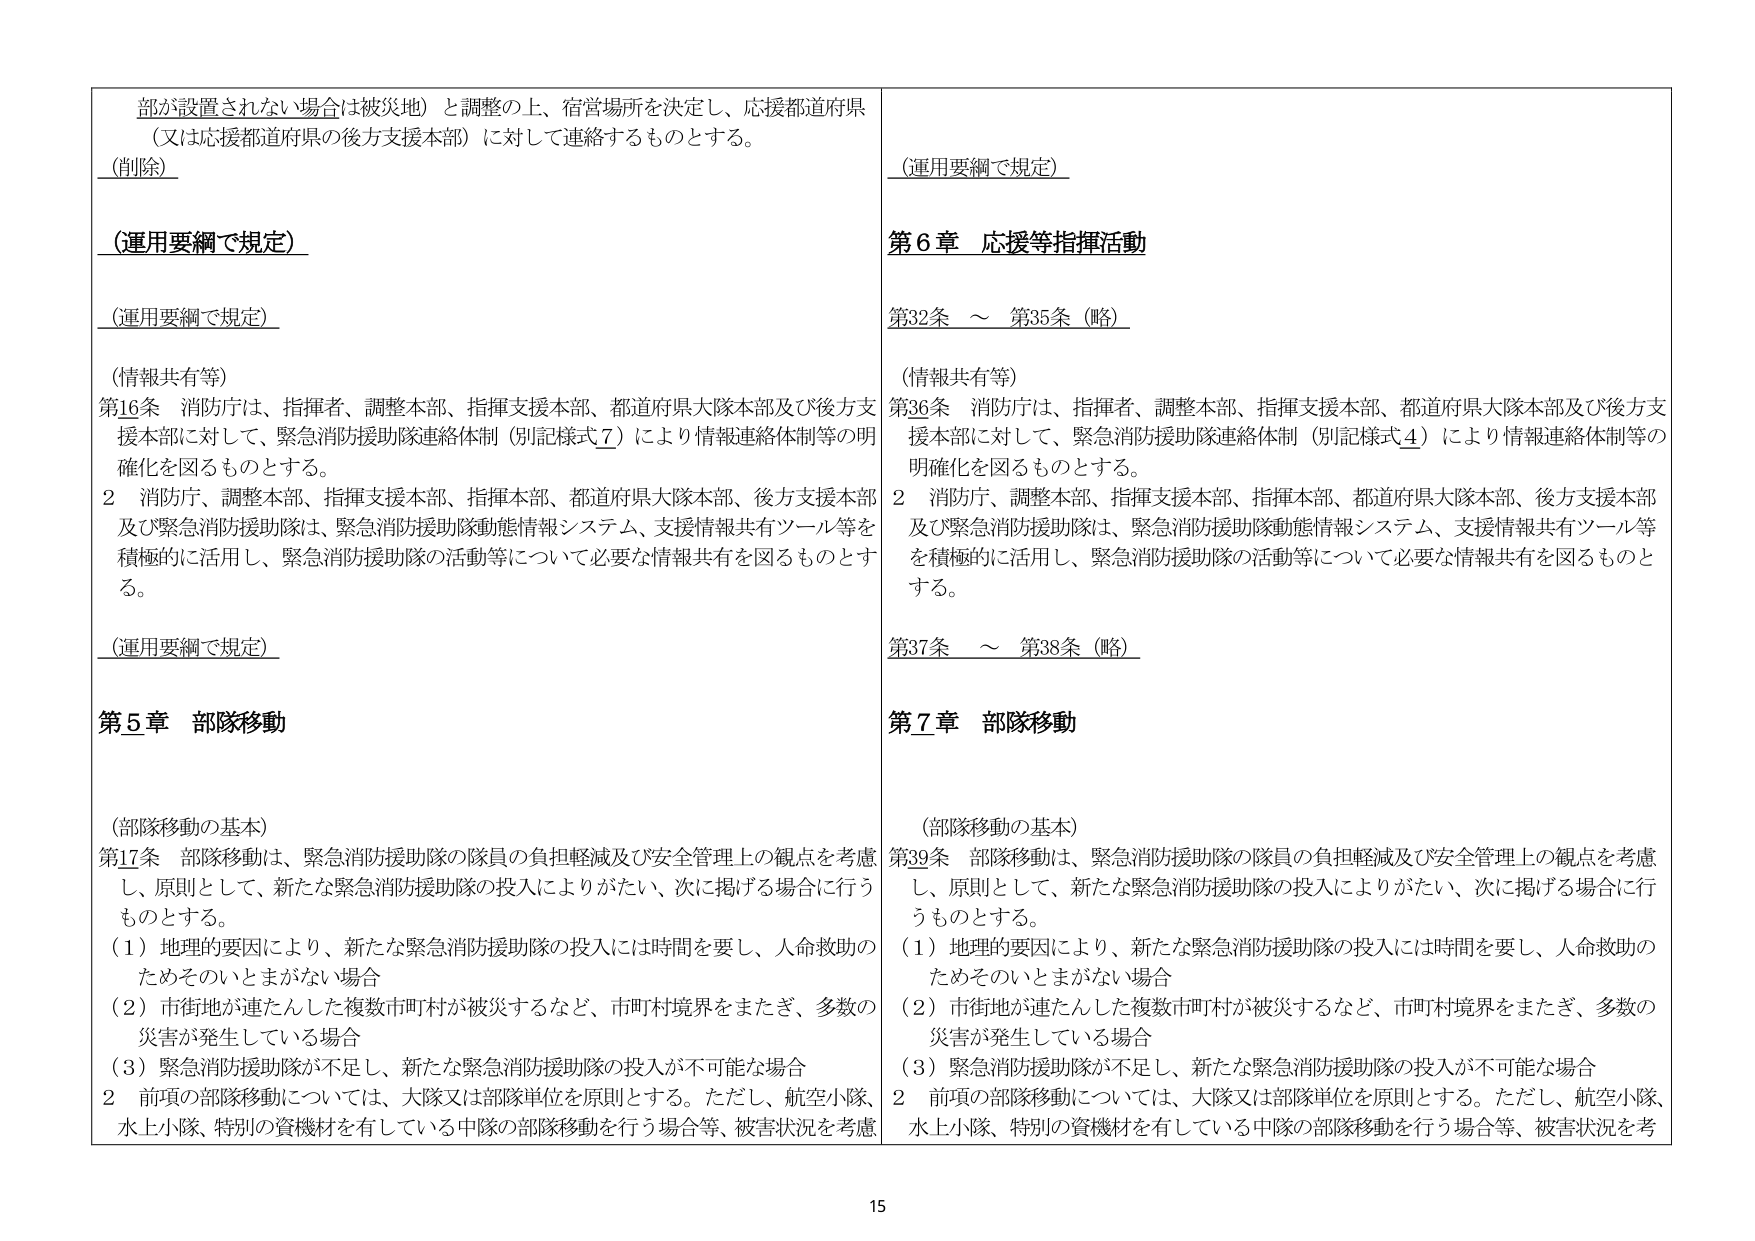
部が設置されない場合は被災地）と調整の上、宿営場所を決定し、応援都道府県（又は応援都道府県の後方支援本部）に対して連絡するものとする。
（削除）
（運用要綱で規定）
（運用要綱で規定）
（情報共有等）
第16条 消防庁は、指揮者、調整本部、指揮支援本部、都道府県大隊本部及び後方支援本部に対して、緊急消防援助隊連絡体制（別記様式7）により情報連絡体制等の明確化を図るものとする。
2 消防庁、調整本部、指揮支援本部、指揮本部、都道府県大隊本部、後方支援本部及び緊急消防援助隊は、緊急消防援助隊動態情報システム、支援情報共有ツール等を積極的に活用し、緊急消防援助隊の活動等について必要な情報共有を図るものとする。
（運用要綱で規定）
第5章 部隊移動
（部隊移動の基本）
第17条 部隊移動は、緊急消防援助隊の隊員の負担軽減及び安全管理上の観点を考慮し、原則として、新たな緊急消防援助隊の投入によりがたい、次に掲げる場合に行うものとする。
（1）地理的要因により、新たな緊急消防援助隊の投入には時間を要し、人命救助のためそのいとまがない場合
（2）市街地が連たんした複数市町村が被災するなど、市町村境界をまたぎ、多数の災害が発生している場合
（3）緊急消防援助隊が不足し、新たな緊急消防援助隊の投入が不可能な場合
2 前項の部隊移動については、大隊又は部隊単位を原則とする。ただし、航空小隊、水上小隊、特別の資機材を有している中隊の部隊移動を行う場合等、被害状況を考慮
（運用要綱で規定）
第6章 応援等指揮活動
第32条 ～ 第35条（略）
（情報共有等）
第36条 消防庁は、指揮者、調整本部、指揮支援本部、都道府県大隊本部及び後方支援本部に対して、緊急消防援助隊連絡体制（別記様式4）により情報連絡体制等の明確化を図るものとする。
2 消防庁、調整本部、指揮支援本部、指揮本部、都道府県大隊本部、後方支援本部及び緊急消防援助隊は、緊急消防援助隊動態情報システム、支援情報共有ツール等を積極的に活用し、緊急消防援助隊の活動等について必要な情報共有を図るものとする。
第37条 ～ 第38条（略）
第7章 部隊移動
（部隊移動の基本）
第39条 部隊移動は、緊急消防援助隊の隊員の負担軽減及び安全管理上の観点を考慮し、原則として、新たな緊急消防援助隊の投入によりがたい、次に掲げる場合に行うものとする。
（1）地理的要因により、新たな緊急消防援助隊の投入には時間を要し、人命救助のためそのいとまがない場合
（2）市街地が連たんした複数市町村が被災するなど、市町村境界をまたぎ、多数の災害が発生している場合
（3）緊急消防援助隊が不足し、新たな緊急消防援助隊の投入が不可能な場合
2 前項の部隊移動については、大隊又は部隊単位を原則とする。ただし、航空小隊、水上小隊、特別の資機材を有している中隊の部隊移動を行う場合等、被害状況を考
15